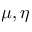
\mu , \eta